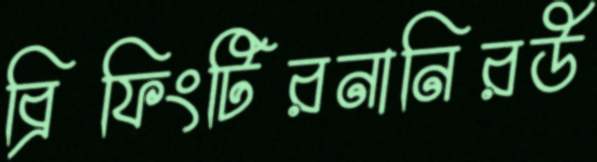
ব্রিফিংটিরনানিরউ